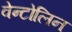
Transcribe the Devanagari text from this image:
वेन्टोलिन